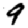
Digit: 9